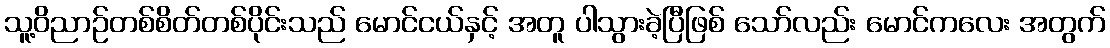
သူ့ဝိညာဉ်တစ်စိတ်တစ်ပိုင်းသည် မောင်ငယ်နှင့် အတူ ပါသွားခဲ့ပြီဖြစ် သော်လည်း မောင်ကလေး အတွက်